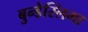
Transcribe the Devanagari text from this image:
बुन्डेस्लिगा